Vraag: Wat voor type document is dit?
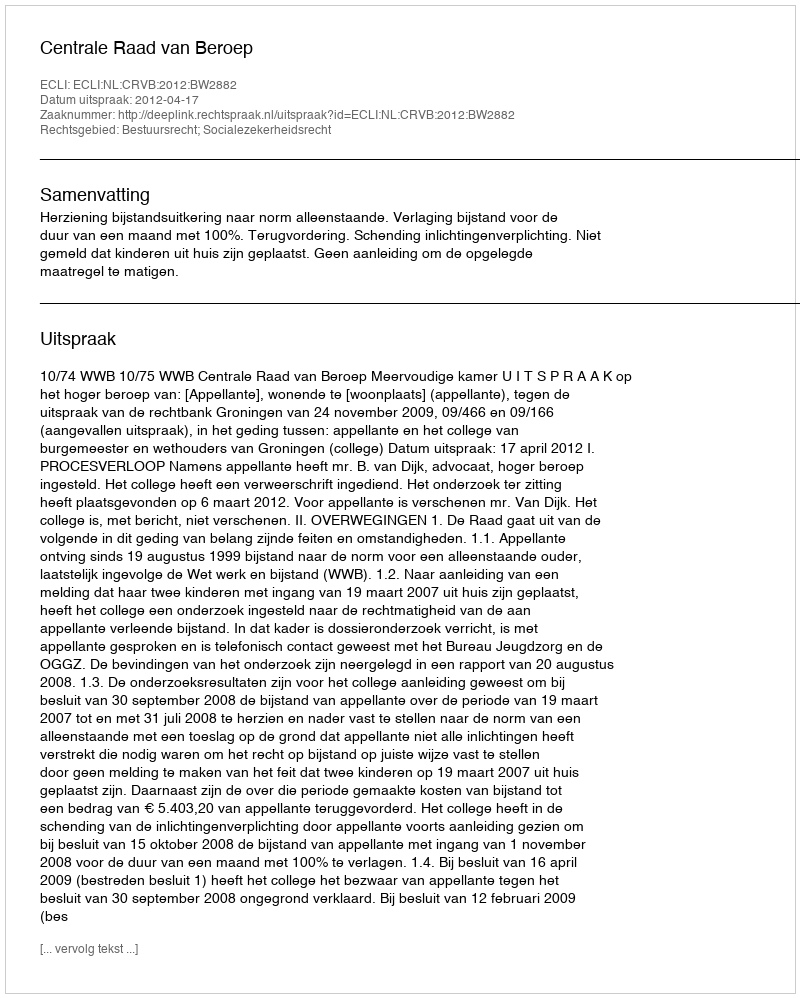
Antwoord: Uitspraak